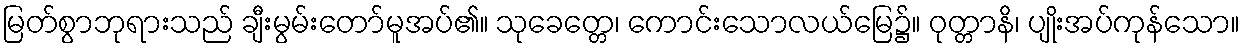
မြတ်စွာဘုရားသည် ချီးမွမ်းတော်မူအပ်၏။ သုခေတ္တေ၊ ကောင်းသောလယ်မြေ၌။ ဝုတ္တာနိ၊ ပျိုးအပ်ကုန်သော။